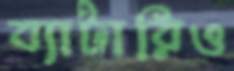
ব্যাটারিও